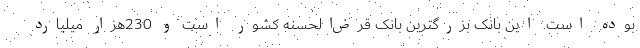
بوده است. این بانک بزرگترین بانک قرض‌الحسنه کشور است و 230هزار میلیارد